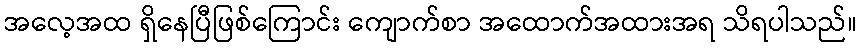
အလေ့အထ ရှိနေပြီဖြစ်ကြောင်း ကျောက်စာ အထောက်အထားအရ သိရပါသည်။